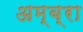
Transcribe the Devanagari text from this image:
अम्ब्रा